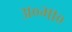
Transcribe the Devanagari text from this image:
अ०भा०